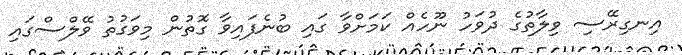
އިނގިރޭސި ވިލާތުގެ ދުވަހު ނޫހެއް ކަމަށްވާ ގައި ބުނެފައިވާ ގޮތުން މިވަގުތު ވޭލްސްގައި